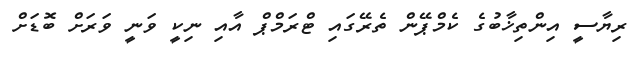
ރިޔާސީ އިންތިޚާބުގެ ކެމްޕޭން ތެރޭގައި ޓްރަމްޕް އާއި ނިކީ ވަނީ ވަރަށް ބޮޑަށް